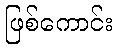
ဖြစ်ကောင်း